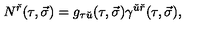
N ^ { \check { r } } ( \tau , \vec { \sigma } ) = g _ { \tau \check { u } } ( \tau , \vec { \sigma } ) \gamma ^ { \check { u } \check { r } } ( \tau , \vec { \sigma } ) ,